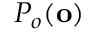
P _ { o } ( \mathbf { o } )